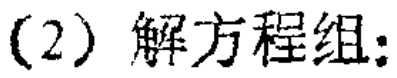
(2) 解方程组: